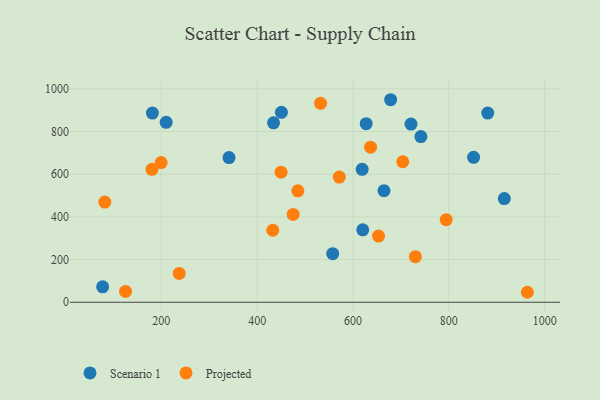
{"axis": {"x": "Distance", "y": "Yield"}, "legend": ["Projected", "Scenario 1"], "data": [{"x": "664.7", "y": 522.9, "type": "Scenario 1"}, {"x": "627.5", "y": 836.8, "type": "Scenario 1"}, {"x": "678.6", "y": 948.9, "type": "Scenario 1"}, {"x": "434.2", "y": 840.5, "type": "Scenario 1"}, {"x": "77.5", "y": 72.1, "type": "Scenario 1"}, {"x": "741.7", "y": 776.3, "type": "Scenario 1"}, {"x": "881.2", "y": 886.3, "type": "Scenario 1"}, {"x": "210.1", "y": 842.9, "type": "Scenario 1"}, {"x": "450.6", "y": 890.0, "type": "Scenario 1"}, {"x": "620.3", "y": 339.5, "type": "Scenario 1"}, {"x": "181.4", "y": 886.3, "type": "Scenario 1"}, {"x": "915.7", "y": 485.6, "type": "Scenario 1"}, {"x": "341.3", "y": 677.8, "type": "Scenario 1"}, {"x": "851.7", "y": 678.9, "type": "Scenario 1"}, {"x": "721.0", "y": 834.8, "type": "Scenario 1"}, {"x": "619.1", "y": 622.8, "type": "Scenario 1"}, {"x": "557.7", "y": 227.8, "type": "Scenario 1"}, {"x": "432.5", "y": 337.5, "type": "Projected"}, {"x": "794.5", "y": 386.7, "type": "Projected"}, {"x": "636.6", "y": 726.8, "type": "Projected"}, {"x": "730.2", "y": 213.8, "type": "Projected"}, {"x": "532.3", "y": 932.2, "type": "Projected"}, {"x": "475.1", "y": 411.3, "type": "Projected"}, {"x": "449.9", "y": 609.5, "type": "Projected"}, {"x": "653.2", "y": 310.2, "type": "Projected"}, {"x": "703.8", "y": 658.2, "type": "Projected"}, {"x": "82.1", "y": 469.2, "type": "Projected"}, {"x": "199.6", "y": 654.3, "type": "Projected"}, {"x": "125.3", "y": 50.9, "type": "Projected"}, {"x": "237.4", "y": 135.3, "type": "Projected"}, {"x": "180.5", "y": 622.9, "type": "Projected"}, {"x": "963.9", "y": 46.8, "type": "Projected"}, {"x": "571.4", "y": 586.4, "type": "Projected"}, {"x": "484.9", "y": 521.9, "type": "Projected"}]}